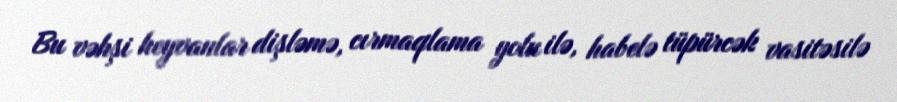
Bu vəhşi heyvanlar dişləmə, cırmaqlama yolu ilə, habelə tüpürcək vasitəsilə